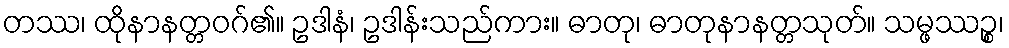
တဿ၊ ထိုနာနတ္တဝဂ်၏။ ဥဒါနံ၊ ဥဒါန်းသည်ကား။ ဓာတု၊ ဓာတုနာနတ္တသုတ်။ သမ္ဖဿဉ္စ၊